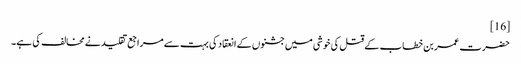
[16]
حضرت عمر بن خطاب کے قتل کی خوشی میں جشنوں کے انعقاد کی بہت سے مراجع تقلید نے مخالف کی ہے۔